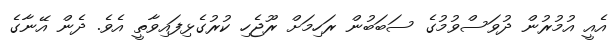
އެއީ އުމުރުން ދުވަސްވުމުގެ ސަބަބުން ރަހިމަށް ރޫޖެހި ކުރުގެޅިފައިވާތީ އެވެ. ދެން އޭނާގެ